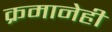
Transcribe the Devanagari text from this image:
क्रमानेही